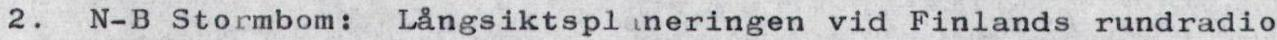
2. N-B Stormbom: Långsiktspl neringen vid Finlands rundradio